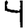
Digit: 4